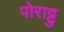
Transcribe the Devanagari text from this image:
पोराट्टु